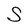
Character: S